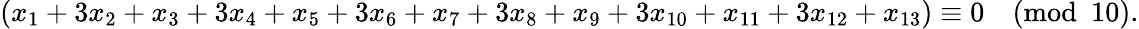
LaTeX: (x_{1}+3x_{2}+x_{3}+3x_{4}+x_{5}+3x_{6}+x_{7}+3x_{8}+x_{9}+3x_{10}+x_{11}+3x_{12}+x_{13})\equiv 0{\pmod{10}}.